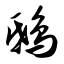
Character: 鸱